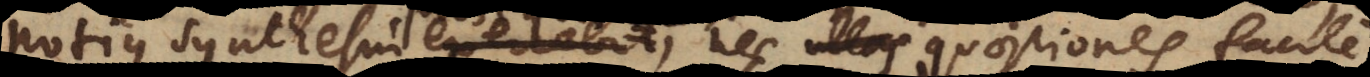
potius synthesin exercebit nec quaestiones facile